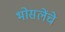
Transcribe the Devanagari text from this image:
भोसलेंचे